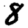
Digit: 8